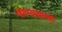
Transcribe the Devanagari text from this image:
वाल्यावस्था